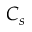
C _ { s }